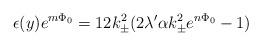
LaTeX: \begin{align*}\epsilon(y)e^{m\Phi_0}=12k_{\pm}^2(2\lambda'\alpha k_{\pm}^2 e^{n\Phi_0}-1)\end{align*}